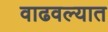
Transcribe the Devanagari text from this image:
वाढवल्यात